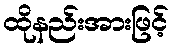
ထိုနည်းအားဖြင့်